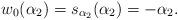
LaTeX: \begin{align*} w_0(\alpha_2) = s_{\alpha_2}(\alpha_2) = -\alpha_2.\end{align*}